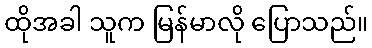
ထိုအခါ သူက မြန်မာလို ပြောသည်။